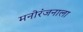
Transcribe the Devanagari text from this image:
मनोरंजनाला